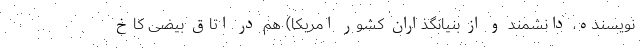
نویسنده، دانشمند و از بنیانگذاران کشور امریکا) هم در اتاق بیضی کاخ